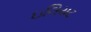
ઇલિયટ